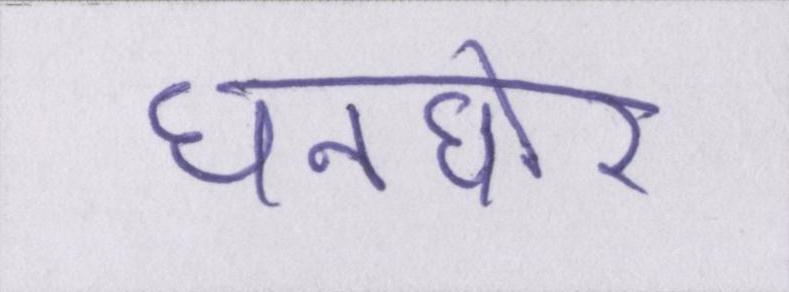
घनघोर